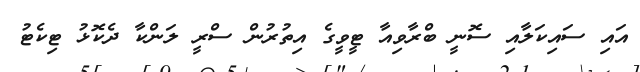
އައި ސައިކަލާއި ސޮނީ ބްރާވިއާ ޓީވީގެ އިތުރުން ސްރީ ލަންކާ ދެކޮޅު ޓިކެޓު